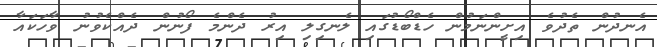
އެނދުން ތެދުވެ އިށީންނަމުން ހެޑްބޯޑުގައި ލެނގިލި އިރު ދެންމެ ފޯނުން ދެއްކެވުނު ވާހަކައާ